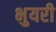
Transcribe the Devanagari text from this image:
भुयरी